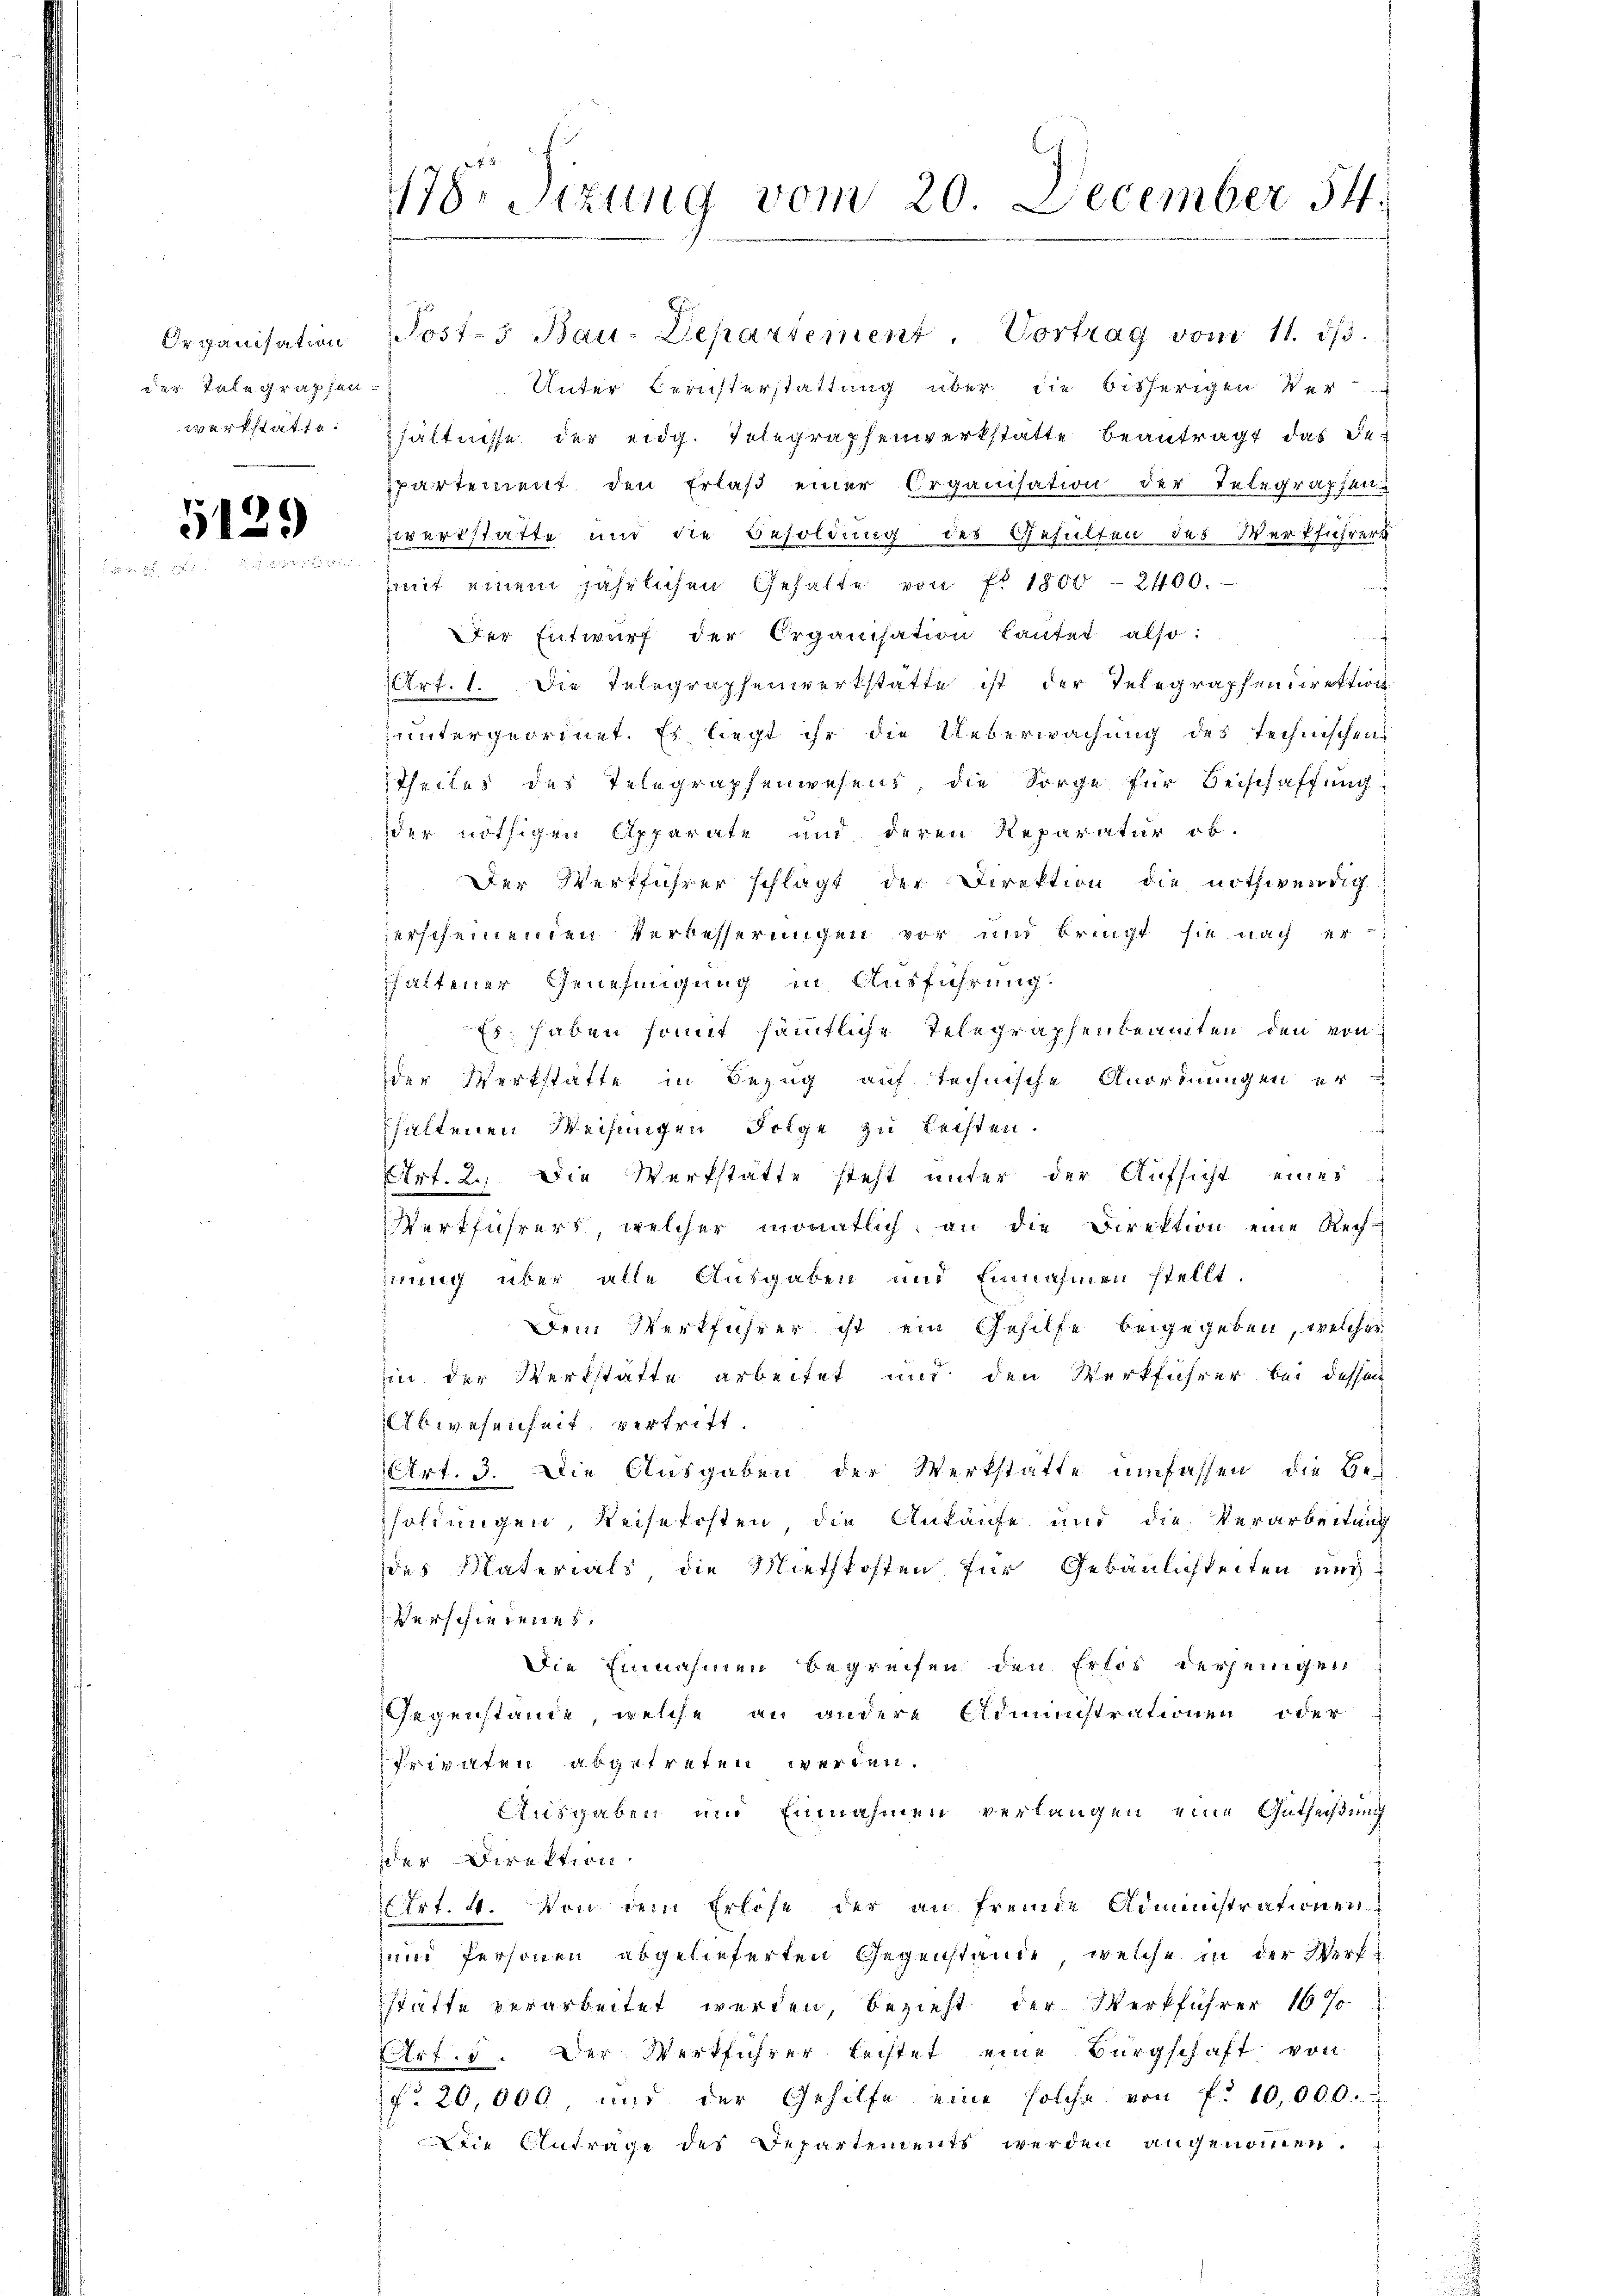
der Telegraphenwerkstatte.

5129

178. Sitzung vom 20. December 54.

Organisation Posts Bau-Departement. Vortrag vom 11. dβ.
Unter Berichterstattung über die bisherigen Ver
hältnisse der eidg. Telegraphenwerkstätte beantragt das De-
spartement den Erlaß einer Organisation der Telegraphen
zwerkstatte und die Besoldung des Gehülfen des Werkführers
mit einem jährlichen Gehalte von fl. 1800 - 2400.
Der Entwurf der Organisation lautet also:
Art. 1. Die Telegraphenwerkstatte ist der Telegraphendirektion
untergeordnet. Es liegt ihr die Ueberwachung des Technischen
Theiles des Telegraphenwesens, die Sorge für Beischaffung
der nöthigen Apparate und deren Reparatur ob.
Der Werkführer schlägt der Direktion die nothwendig
zerscheinenden Verbesserungen vor und bringt sie nach er
thaltener Genehmigung in Ausführung.
Es haben somit sämmtliche Telegraphenbeamten den von
der Werkstatte in Bezug auf technische Anordnungen er
haltenen Weisungen Folge zu Leisten.
Art. 2. Die Werkstatte steht unter der Aufsicht eines
Werkführers, welcher monatlich, an die Direktion eine Rech-
mnung über alle Ausgaben und Einnahmen stellt.
Dem Werkführer ist ein Gehilfe beigegeben, welches
in der Werkstatte arbeitet und den Werkführer bei dessen
Abwesenheit vertritt.
Art. 3. Die Ausgaben der Werkstatte umfassen, die Ge-
soldungen, Reisekosten, die Ankaufe und die Verarbeitung
des Materials, die Miethkosten für Gebäulichkeiten und
Verschiedenes.
Die Einnahmen begreifen den Erlös derjenigen
Gegenstände, welche an andere Administrationen oder
Privaten abgetreten werden.
Ausgaben und Einnahmen verlangen eine Gutheißung
der Direktion.
Art. 4. Von dem Erlöse der an fremde Administrationen
un Personen abgelieferten Gegenstände, welche in der Werfstätte verarbeitet werden, bezieht der Werkführer 167
Art. 5. Der Werkführer leistet eine Bürgschaft von
f. 20,000, und der Gehilfe eine solche von f. 10,000.
Die Antrage des Departements werden angenommen.